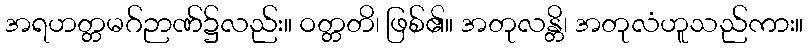
အရဟတ္တမဂ်ဉာဏ်၌လည်း။ ဝတ္တတိ၊ ဖြစ်၏။ အတုလန္တိ၊ အတုလံဟူသည်ကား။